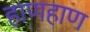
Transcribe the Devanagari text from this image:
हाणहाण